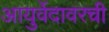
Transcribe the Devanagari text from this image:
आयुर्वेदावरची